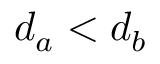
d _ { a } < d _ { b }